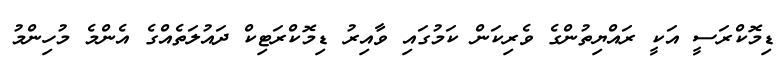
ޑިމޮކްރަސީ އަކީ ރައްޔިތުންގެ ވެރިކަން ކަމުގައި ވާއިރު ޑިމޮކްރަޓިކް ދައުލަތެއްގެ އެންމެ މުހިންމު